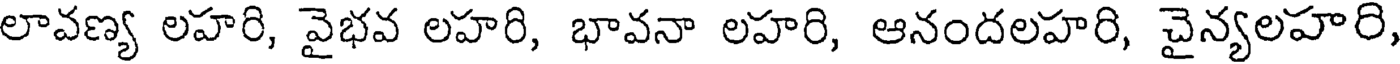
లావణ్య లహరి, వైభవ లహరి, భావనా లహరి, ఆనందలహరి, చైన్యలహరి,